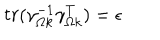
t r ( \gamma _ { \Omega k } ^ { - 1 } \gamma _ { \Omega k } ^ { T } ) = \epsilon